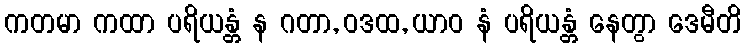
ကတမာ ကထာ ပရိယန္တံ န ဂတာ, ဝဒထ, ယာဝ နံ ပရိယန္တံ နေတွာ ဒေမီတိ